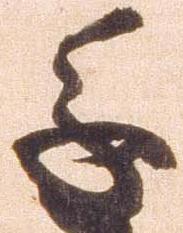
進